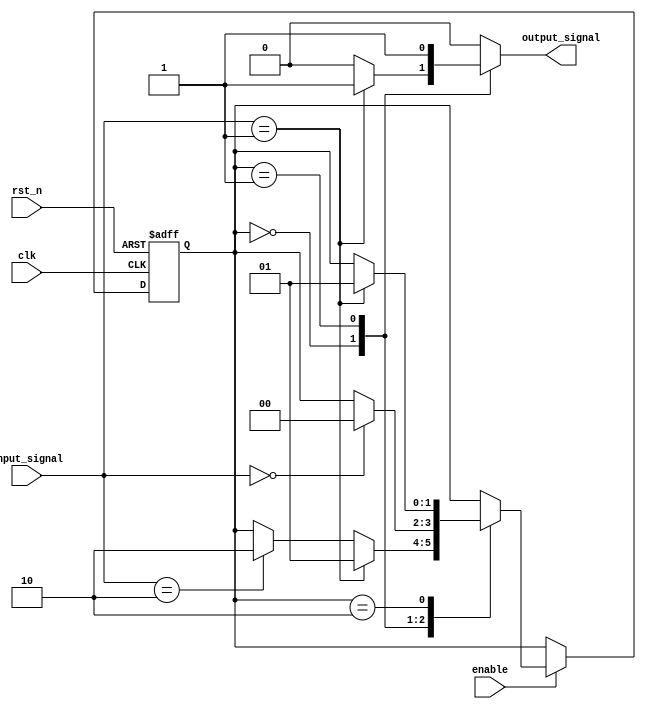
module mealy_state_machine (
    input wire clk,               // Clock signal
    input wire rst_n,             // Active-low reset signal
    input wire enable,            // Enable signal
    input wire [1:0] input_signal, // 2-bit input signal
    output reg output_signal      // Output signal
);

    // State encoding
    parameter S0 = 2'b00;  // State 0
    parameter S1 = 2'b01;  // State 1
    parameter S2 = 2'b10;  // State 2

    reg [1:0] current_state; // Current state
    reg [1:0] next_state;    // Next state

    // State Register
    always @(posedge clk or negedge rst_n) begin
        if (!rst_n) begin
            current_state <= S0; // Initialize to state S0 on reset
        end else if (enable) begin
            current_state <= next_state; // Update state on clock edge if enabled
        end
    end

    // Next State Logic
    always @(*) begin
        // Default next state
        next_state = current_state;

        case (current_state)
            S0: begin
                if (input_signal == 2'b01) begin
                    next_state = S1; // Transition from S0 to S1
                end else if (input_signal == 2'b10) begin
                    next_state = S2; // Transition from S0 to S2
                end
            end
            S1: begin
                if (input_signal == 2'b00) begin
                    next_state = S0; // Transition from S1 to S0
                end
            end
            S2: begin
                if (input_signal == 2'b01) begin
                    next_state = S1; // Transition from S2 to S1
                end
            end
        endcase
    end

    // Output Logic
    always @(*) begin
        // Default output
        output_signal = 1'b0; // Default output is low

        case (current_state)
            S0: begin
                if (input_signal == 2'b01) begin
                    output_signal = 1'b1; // Output high on transition from S0 with input 01
                end
            end
            S1: begin
                output_signal = 1'b1; // Output high in state S1
            end
            S2: begin
                output_signal = 1'b0; // Output low in state S2
            end
        endcase
    end

endmodule